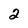
Character: 2